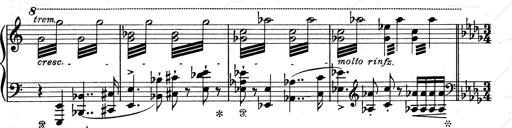
Title: Walhall aus Der Ring des Nibelungen
Composer: Franz Liszt